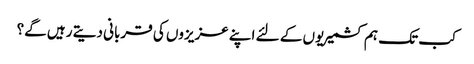
کب تک ہم کشمیریوں کے لئے اپنے عزیزوں کی قربانی دیتے رہیں گے؟